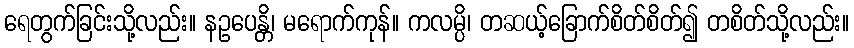
ရေတွက်ခြင်းသို့လည်း။ နဥပေန္တိ၊ မရောက်ကုန်။ ကလမ္ပိ၊ တဆယ့်ခြောက်စိတ်စိတ်၍ တစိတ်သို့လည်း။